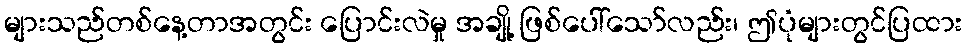
များသည်တစ်နေ့တာအတွင်း ပြောင်းလဲမှု အချို့ ဖြစ်ပေါ်သော်လည်း၊ ဤပုံများတွင်ပြထား